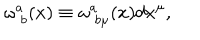
LaTeX: \omega _ { \; b } ^ { a } ( x ) \equiv \omega _ { \; b \mu } ^ { a } ( x ) d x ^ { \mu } ,